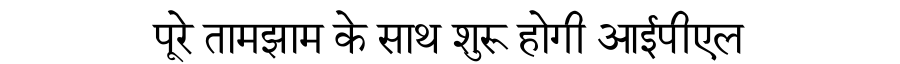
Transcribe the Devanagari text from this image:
पूरे तामझाम के साथ शुरू होगी आईपीएल